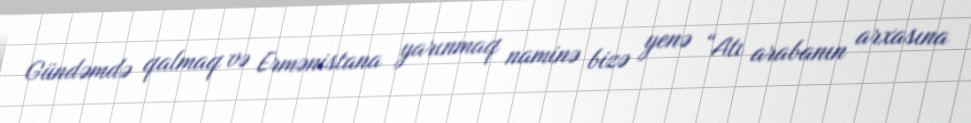
Gündəmdə qalmaq və Ermənistana yarınmaq naminə bizə yenə “Atı arabanın arxasına